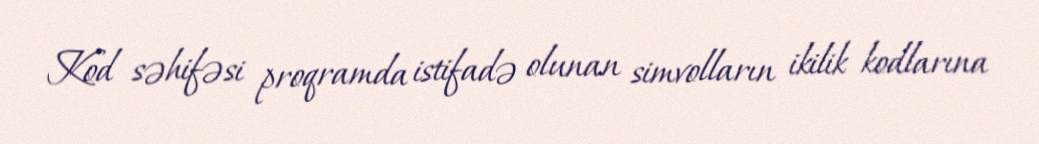
Kod səhifəsi proqramda istifadə olunan simvolların ikilik kodlarına